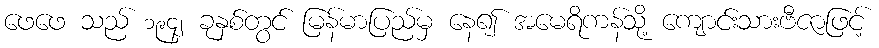
ဖေဖေ သည် ၁၉၄၂ ခုနှစ်တွင် မြန်မာပြည်မှ နေ၍ အမေရိကန်သို့ ကျောင်းသားဗီဇာဖြင့်